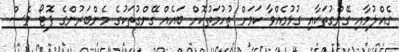
ގެއްލުމާއި ގޭންގުތަކާއި ގުޅުމެއްވާ ކަަމަށް ތުހުމަތުކޮށް ބައެއް ގޭންގުތަކުގެ މެންބަރުންގެ ފޮޓޯ ވެސް